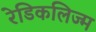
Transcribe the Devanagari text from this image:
रेडिकलिज्म